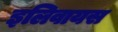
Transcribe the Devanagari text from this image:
इलिवायस